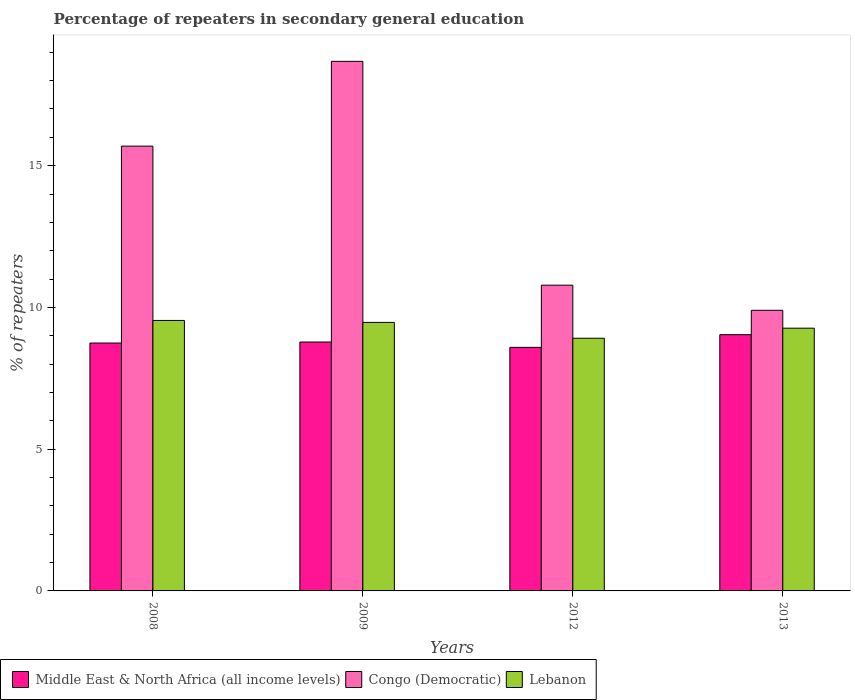
| Years | Middle East & North Africa (all income levels) | Congo (Democratic) | Lebanon |
 | --- | --- | --- | --- |
 | 2008 | 8.74 | 15.7 | 9.54 |
 | 2009 | 8.78 | 18.7 | 9.47 |
 | 2012 | 8.59 | 10.8 | 8.91 |
 | 2013 | 9.04 | 9.9 | 9.27 |